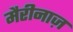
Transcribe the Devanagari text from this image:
मैरीनाज़